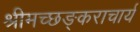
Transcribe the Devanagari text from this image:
श्रीमच्छङ्कराचार्य